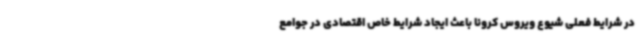
در شرایط فعلی شیوع ویروس کرونا باعث ایجاد شرایط خاص اقتصادی در جوامع